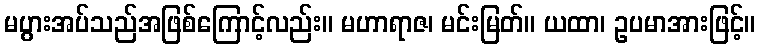
မပွားအပ်သည်အဖြစ်ကြောင့်လည်း။ မဟာရာဇ၊ မင်းမြတ်။ ယထာ၊ ဥပမာအားဖြင့်။